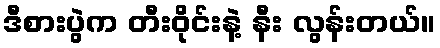
ဒီစားပွဲက တီးဝိုင်းနဲ့ နီး လွန်းတယ်။